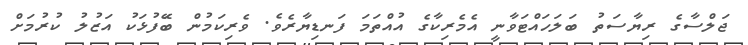
ޖަލްސާގެ ރިޔާސަތު ބަލަހައްޓަވާނީ އެމެރިކާގެ އުއްތަމަ ފަނޑިޔާރެވެ. ވެރިކަމުން ބޭަފުޅަކު އަޒުލު ކުރުމަަށް